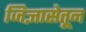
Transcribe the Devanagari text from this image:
जिज्ञासेतून